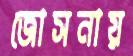
জোসনায়